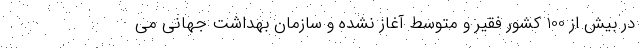
در بیش از 100 کشور فقیر و متوسط آغاز نشده و سازمان بهداشت جهانی می